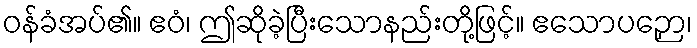
ဝန်ခံအပ်၏။ ဧဝံ၊ ဤဆိုခဲ့ပြီးသောနည်းတို့ဖြင့်။ ဧသောပဉှော၊